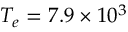
T _ { e } = 7 . 9 \times 1 0 ^ { 3 }